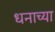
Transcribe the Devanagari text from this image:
धनाच्या